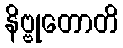
နိဗ္ဗုတောတိ